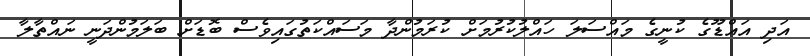
އަދި އައްޑޫގެ ކުނީގެ މައްސަލަ ހައްލުކުރުމަށް ކުރަމުންދާ މަސައްކަތުގައިވެސް ބޮޑަށް ބަލަމުންދަނީ ނައްތާލާ